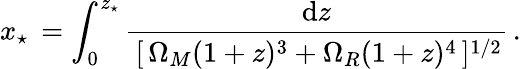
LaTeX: x_{\star}\, =\int_{0}^{z_{\star}}\frac{\mathrm{d}z}{\, [\, \Omega_{M}(1+z)^{3}+\Omega_{R}(1+z)^{4}\, ]^{1/2}}\, .